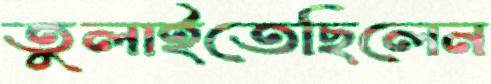
তুলাইতেছিলেন